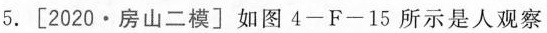
5.[2020·房山二模〕如图4-F-15所示是人观察岸边的树木在水中的倒影情况。下列光路图中正确的是 ()